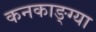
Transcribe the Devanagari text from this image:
कनकाङ्ग्या